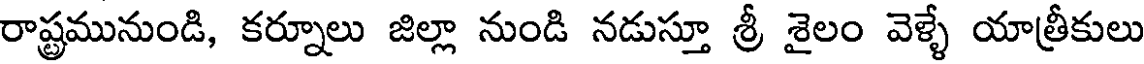
రాష్ట్రమునుండి, కర్నూలు జిల్లా నుండి నడుస్తూ శ్రీ శైలం వెళ్ళే యాత్రీకులు